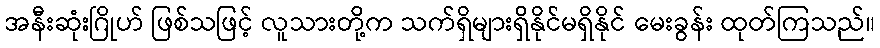
အနီးဆုံးဂြိုဟ် ဖြစ်သဖြင့် လူသားတို့က သက်ရှိများရှိနိုင်မရှိနိုင် မေးခွန်း ထုတ်ကြသည်။